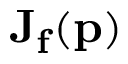
\mathbf { J } _ { \mathbf { f } } ( \mathbf { p } )